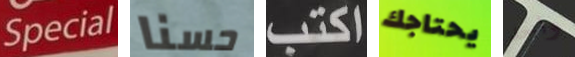
Special حسنا اكتب يحتاجك واحد